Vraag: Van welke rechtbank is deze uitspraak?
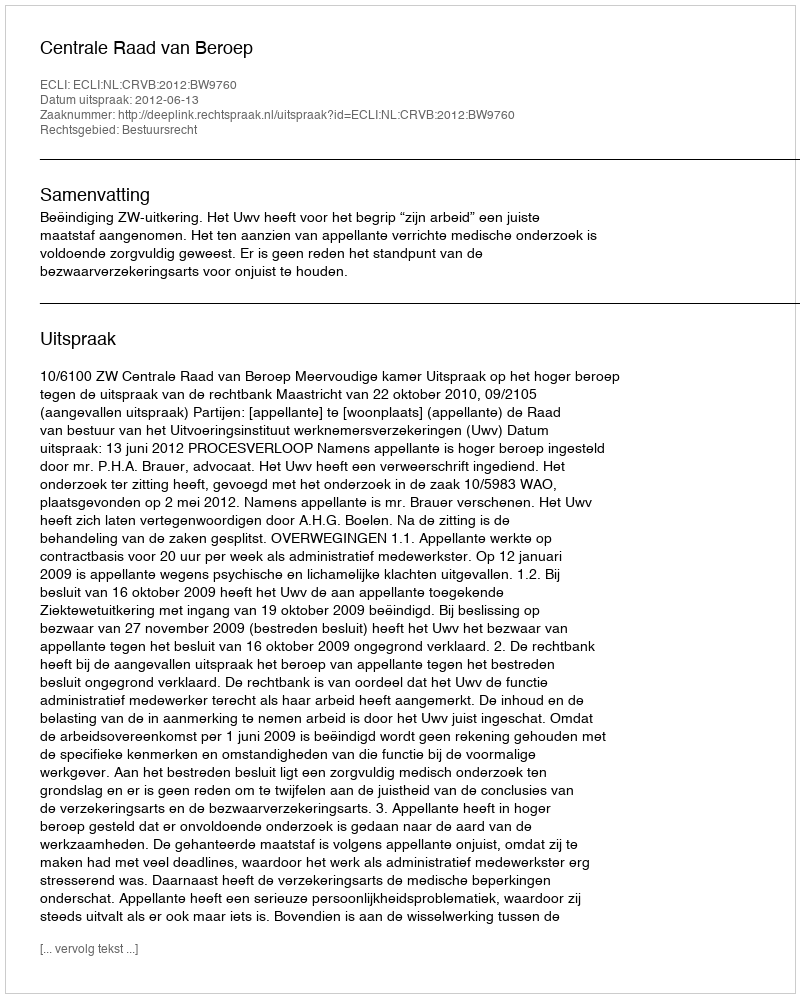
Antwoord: Centrale Raad van Beroep